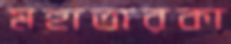
মহাতারকা